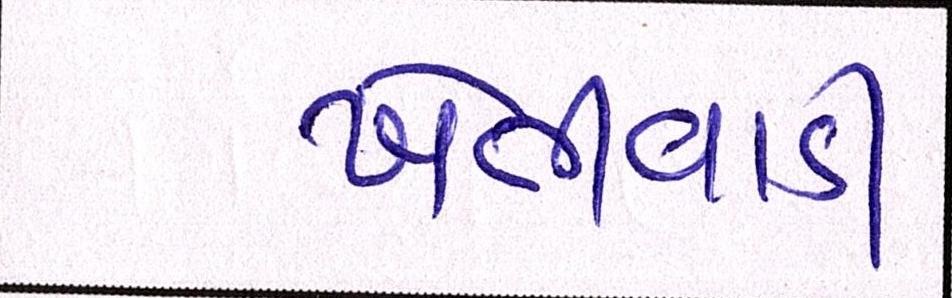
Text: ખેતીવાડી